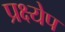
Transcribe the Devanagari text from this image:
प्रक्ष्येप